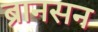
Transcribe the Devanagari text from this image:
ब्रानसन